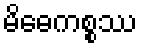
မိဓေကစ္စဿ